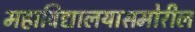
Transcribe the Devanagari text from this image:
महाविद्यालयासमोरील